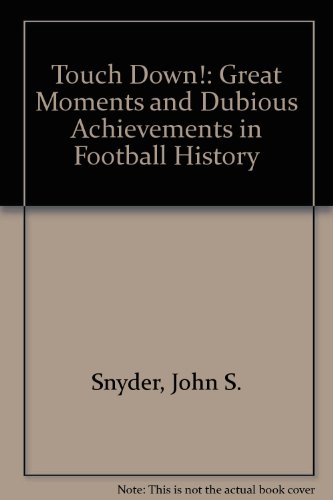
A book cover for Touchdown!: Great Moments and Dubious Achievements in Football History; John S. Snyder; Teen & Young Adult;